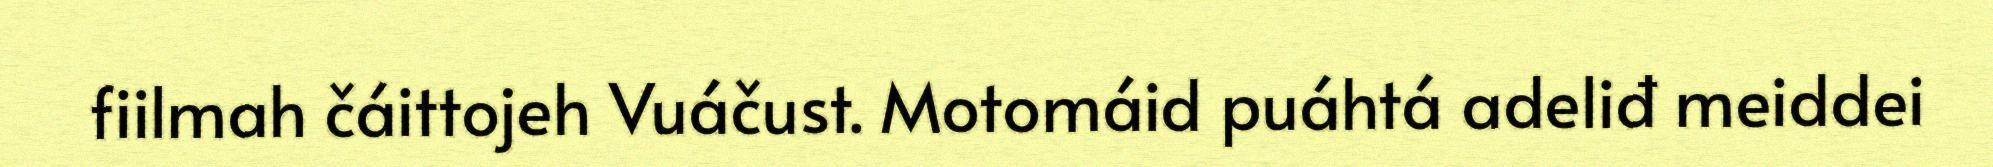
fiilmah čáittojeh Vuáčust. Motomáid puáhtá adeliđ meiddei